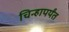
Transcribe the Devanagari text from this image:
चिन्हापर्यंत